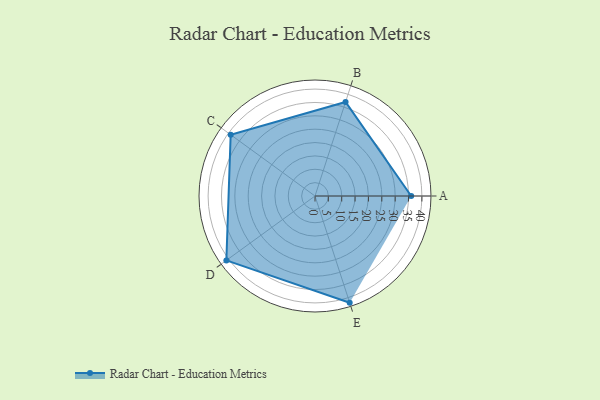
{"axis": {"x": "Skill", "y": "Score"}, "legend": ["Profile"], "data": [{"x": "A", "y": 36.0, "type": "Profile"}, {"x": "B", "y": 37.0, "type": "Profile"}, {"x": "C", "y": 39.0, "type": "Profile"}, {"x": "D", "y": 41.0, "type": "Profile"}, {"x": "E", "y": 42.0, "type": "Profile"}]}